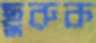
ছুরুক